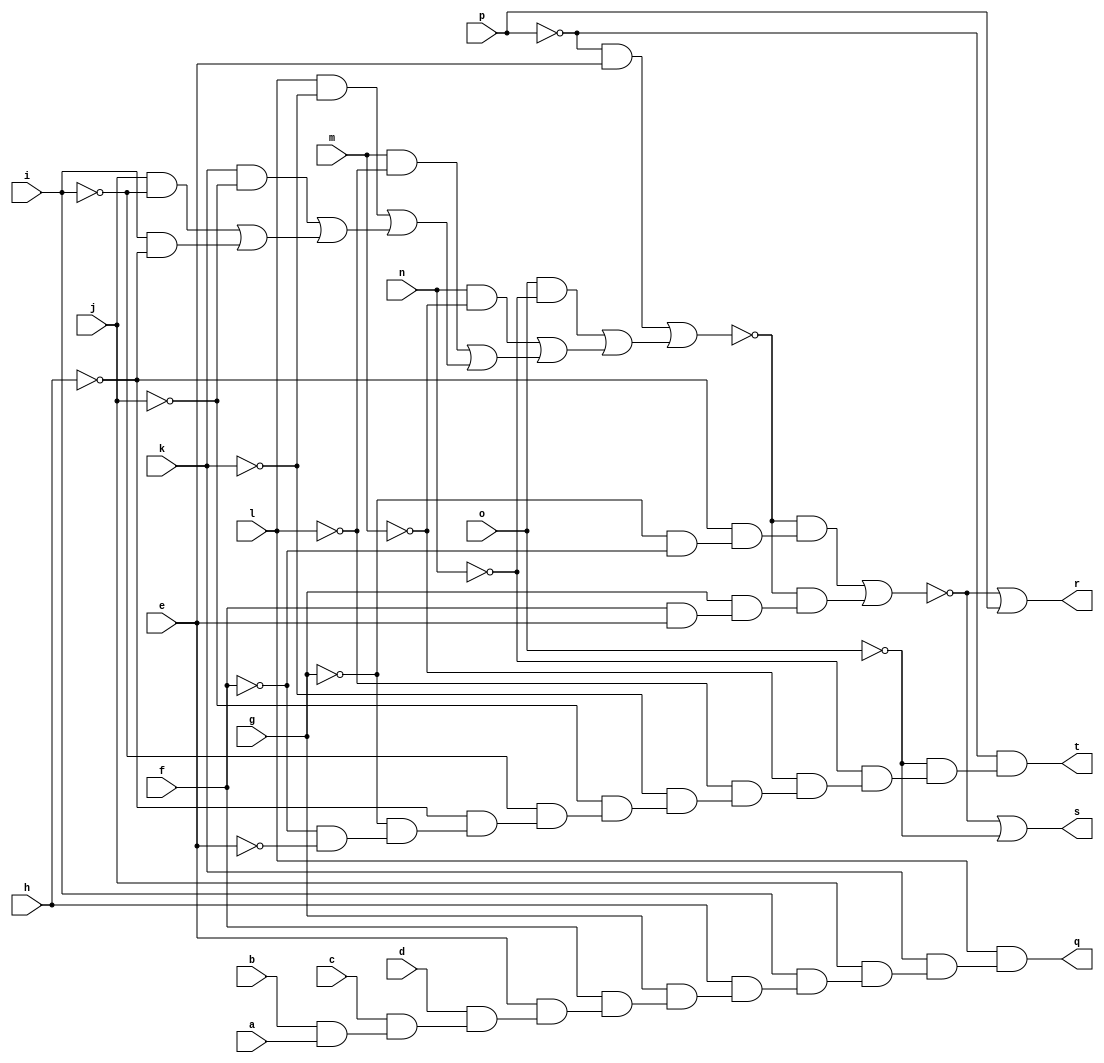
// IWLS benchmark module "cmb" printed on Wed May 29 16:31:29 2002
module cmb(a, b, c, d, e, f, g, h, i, j, k, l, m, n, o, p, q, r, s, t);
input
  a,
  b,
  c,
  d,
  e,
  f,
  g,
  h,
  i,
  j,
  k,
  l,
  m,
  n,
  o,
  p;
output
  q,
  r,
  s,
  t;
wire
  \[0] ,
  \[1] ,
  \[2] ,
  v0,
  \[3] ,
  m0;
assign
  \[0]  = l & (k & (j & (i & (h & (g & (f & (e & (d & (c & (b & a)))))))))),
  \[1]  = ~m0 | p,
  q = \[0] ,
  r = \[1] ,
  s = \[2] ,
  t = \[3] ,
  \[2]  = ~m0 | ~o,
  v0 = (~p & e) | ((o & ~n) | ((n & ~m) | ((m & ~l) | ((l & ~k) | ((k & ~j) | ((j & ~i) | (i & ~h))))))),
  \[3]  = ~p & (~o & (~n & (~m & (~l & (~k & (~j & (~i & (~h & (~g & (~f & ~e)))))))))),
  m0 = (~v0 & (~h & (~g & ~f))) | (~v0 & (g & (f & e)));
endmodule